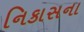
નિકાસના